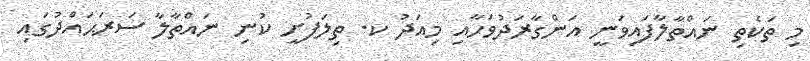
މި ތަކެތި ނައްތާލާފައިވަނީ އަންގާރަދުވަހާއި މިއަދު ކ. ތިލަފުށީ ކުނި ނައްތާލާ ސަރަޙައްދުގައި